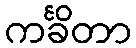
ကင်္ခိတာ